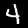
Label: 4